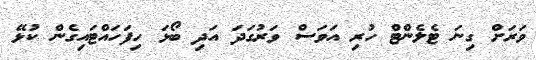
ވަރަށް ގިނަ ޓެލެންޓް ހުރި އަވަސް ވަރުގަދަ އަދި ބޯޅަ ހިފަހައްޓައިގެން ކުޅޭ